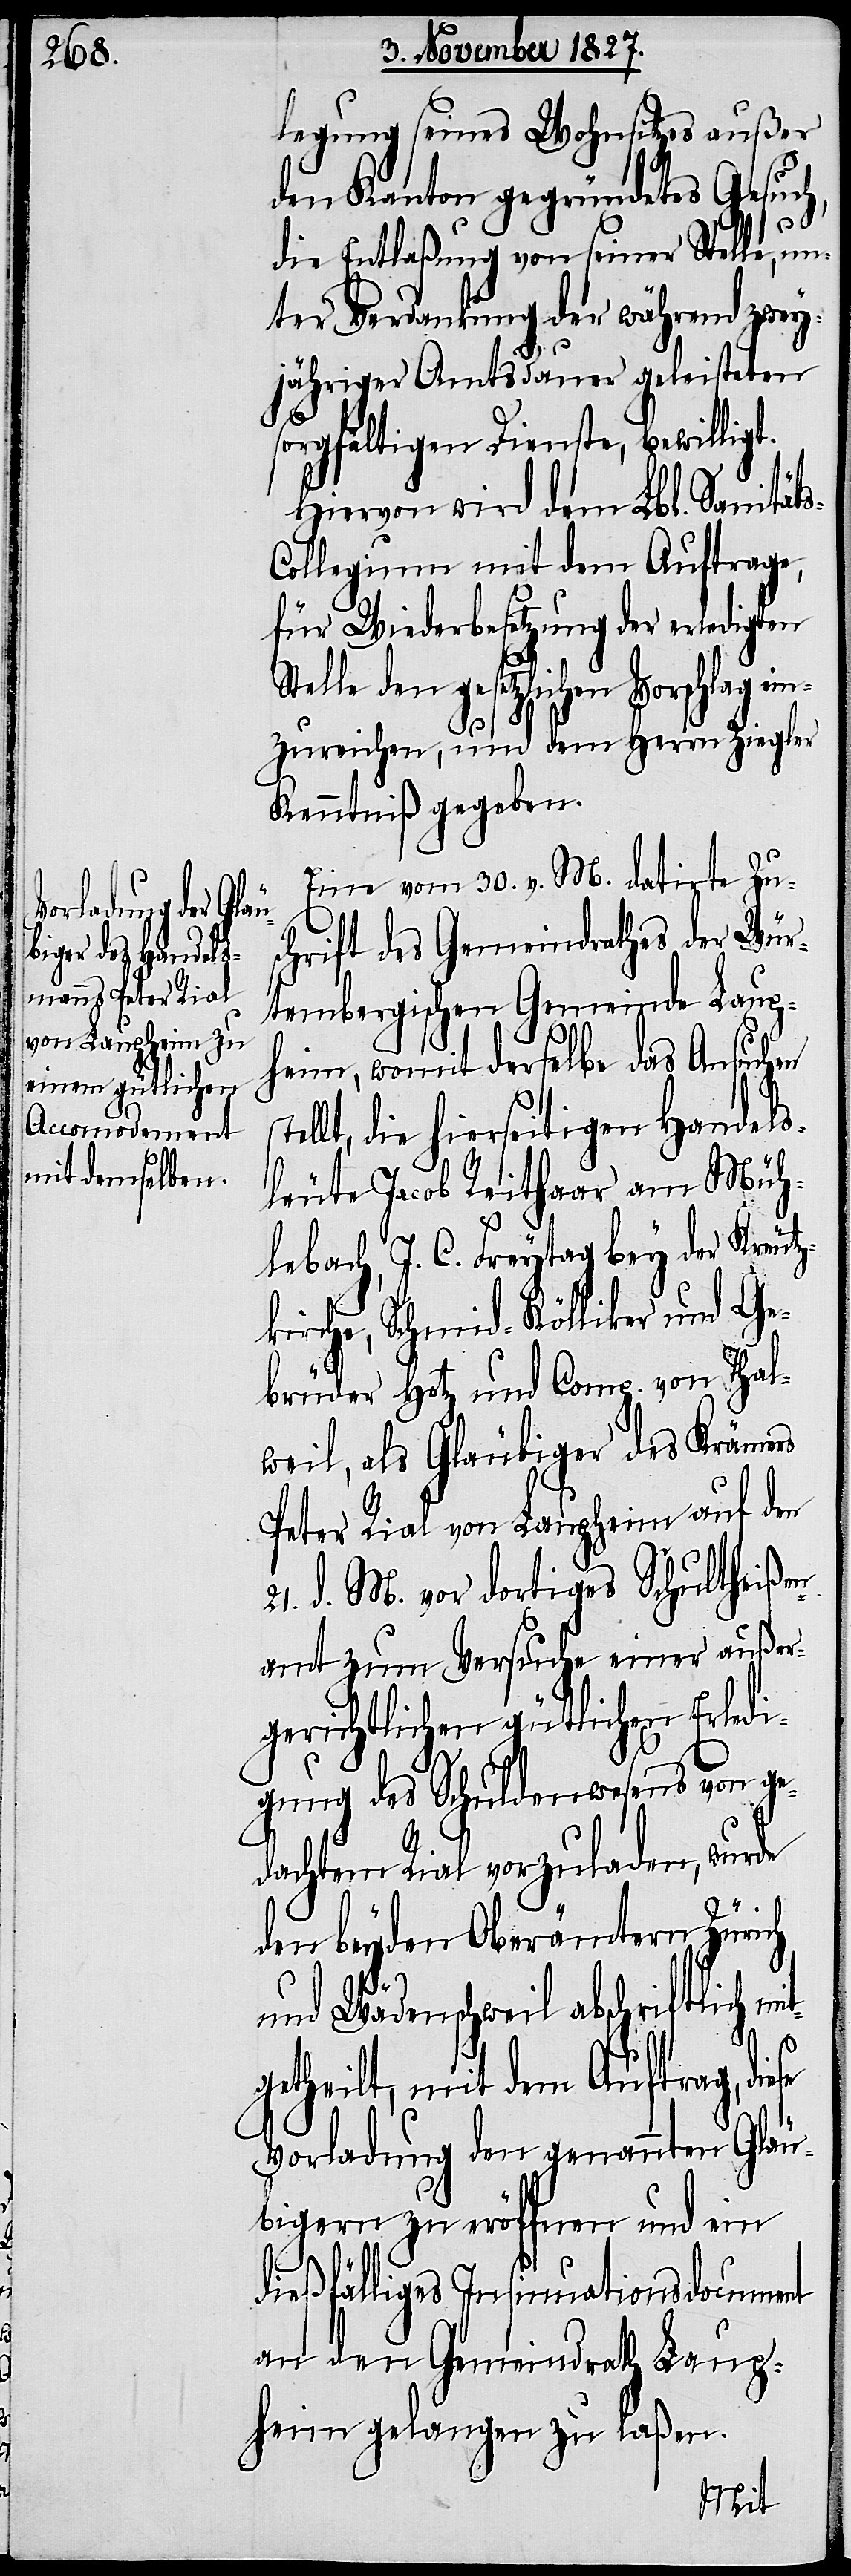
29. v.

Vorschlag ein¬

legung seines Wohnsitzes außer
den Kanton gegründetes Gesuch,
die Entlaßung von seiner Stelle, un¬
ter Verdankung der während zwey¬
jähriger Amtsdauer geleisteten
sorgfältigen Dienste, bewilligt.
Hiervon wird dem Lbl. Sanität¬
ollegium mit dem Auftrage,
für Wiederbesetzung der erledigten
telle den gesetzlichen
zureichen, und dem Herrn Ziegler
Kenntniß gegeben.
Eine vom 30. v. M. datirte Zu¬
schrift des Gemeindrathes der Wür¬
tembergischen Gemeinde Laup¬
heim, womit derselbe das Ansuchen
llt, die hierseitigen Handels¬
leute Jacob Reithaar am Müh¬
lebach, J. C. Freytag bey der Kreutz¬
kirche, Schmid-Kölliker und Ge¬
brüder Hotz und Comp. von Thal¬
weil, als Gläubiger des Krämers
Peter Rial von Laupheim auf den
21. d. M. vor dortiges Schultheißen¬
amt zum Versuche einer außer¬
gerichtlichen gütlichen Erledi¬
gung des Schuldenwesens von ge¬
dachtem Rial vorzuladen, wurde
den beyden Oberämtern Zürich
S¬
und Wädenschweil abschriftlich m¬
se
getheilt, mit dem Auftrag, die¬
Vorladung den genannten Gläu¬
bigern zu eröffnen und ein
dießfälliges Insinuationsdocument
an den Gemeindrath Laup¬
heim gelangen zu laßen.